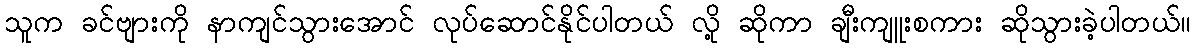
သူက ခင်ဗျားကို နာကျင်သွားအောင် လုပ်ဆောင်နိုင်ပါတယ် လို့ ဆိုကာ ချီးကျူးစကား ဆိုသွားခဲ့ပါတယ်။